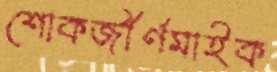
শোকজীর্ণমাইক